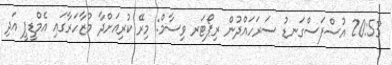
20:53 އުސްފަސްގަނޑު ސަރަހައްދުން ރިޕޯޓަރ ވިސާމް: މިރޭ ކުރިއަށްދާ މުޒާހަރާގައި އެމްޑީޕީ އަދި